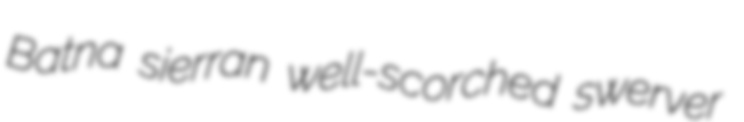
Batna sierran well-scorched swerver